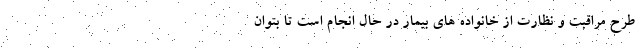
طرح مراقبت و نظارت از خانواده های بیمار در حال انجام است تا بتوان